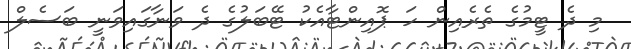
މި ދެ ޓީމުގެ ތެރެއިން ހަ ޕޮއިންޓާއެކު ޓޭބަލުގެ ދެ ވަނާގައިވަނީ ބަސެލް